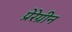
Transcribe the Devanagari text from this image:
प्रेरेग्रीन